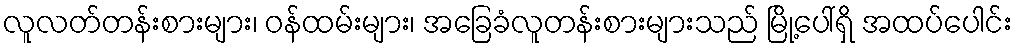
လူလတ်တန်းစားများ၊ ဝန်ထမ်းများ၊ အခြေခံလူတန်းစားများသည် မြို့ပေါ်ရှိ အထပ်ပေါင်း